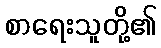
စာရေးသူတို့၏